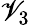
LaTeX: \mathscr{V}_{3}